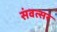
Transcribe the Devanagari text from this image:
संवत्‍सर